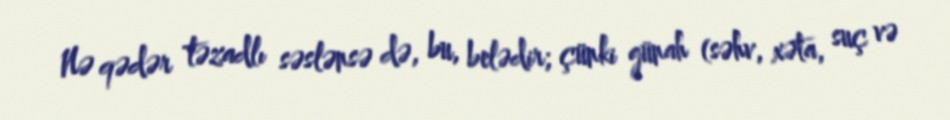
Nə qədər təzadlı səslənsə də, bu, belədir; çünki günah (səhv, xəta, suç və